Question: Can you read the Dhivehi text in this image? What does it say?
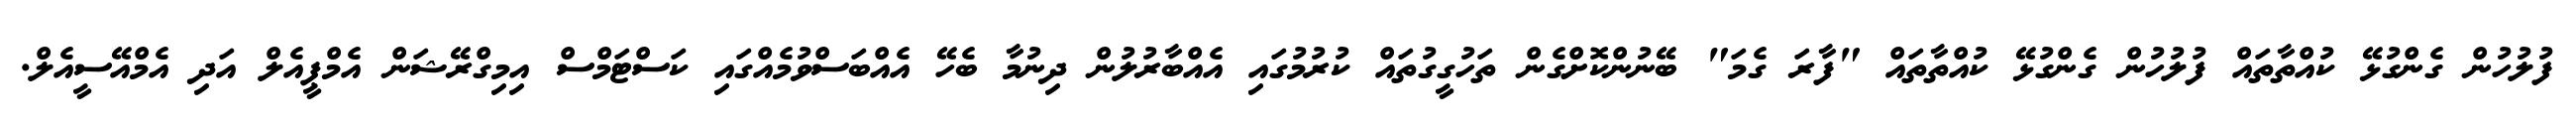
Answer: ފުލުހުން ގެންގުޅޭ ކުއްތާތައް ފުލުހުން ގެންގުޅޭ ކުއްތާތައް "ފާރަ ގެމަ" ބޭނުންކޮށްގެން ތަހުގީގުތައް ކުރުމުގައި އެއްބާރުލުން ދިނުމާ ބެހޭ އެއްބަސްވުމެއްގައި ކަސްޓަމްސް އިމިގްރޭޝަން އެމްޕީއެލް އަދި އެމްއޭސީއެލް.